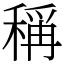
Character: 稱